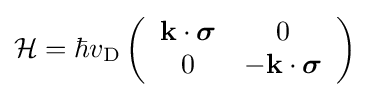
{\cal {H}}=\hbar v_{\rm {D}}\left({\begin{array}{cc}\mathbf {k} \cdot {\boldsymbol {\sigma }}&0\\0&-\mathbf {k} \cdot {\boldsymbol {\sigma }}\end{array}}\right)